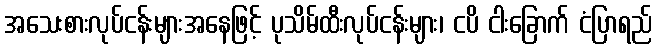
အသေးစားလုပ်ငန်းများအနေဖြင့် ပုသိမ်ထီးလုပ်ငန်းများ၊ ငပိ ငါးခြောက် ငံပြာရည်